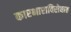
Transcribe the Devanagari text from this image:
कारभाराविरोधात